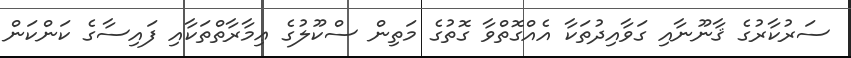
ސަރުކާރުގެ ޤާނޫނާއި ގަވާއިދުތަކާ އެއްގޮތްވާ ގޮތުގެ މަތިން ސްކޫލުގެ ޢިމާރާތްތަކާއި ފައިސާގެ ކަންކަން